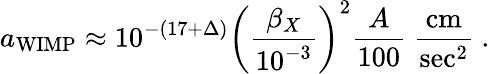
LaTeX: a_{\mathrm{WIMP}}\approx 10^{-(17+\Delta)}\left(\frac{\beta_{X}}{10^{-3}}\right)^{2}\frac{A}{100}~\frac{\mathrm{cm}}{\mathrm{sec}^{2}}~.